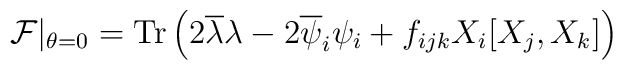
{\cal F}\vert_{\theta=0} = {\rm Tr} \left(2 \overline{\lambda}\lambda - 2 \overline{\psi}_i \psi_i + f_{ijk} X_i [X_j,X_k] \right)